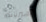
هيرنانديز